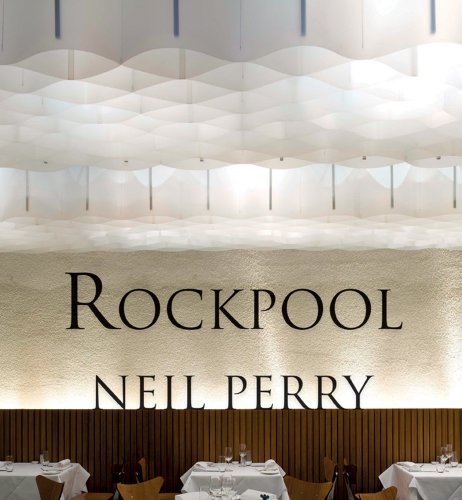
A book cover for Rockpool; Neil Perry; Cookbooks, Food & Wine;